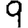
Digit: 9